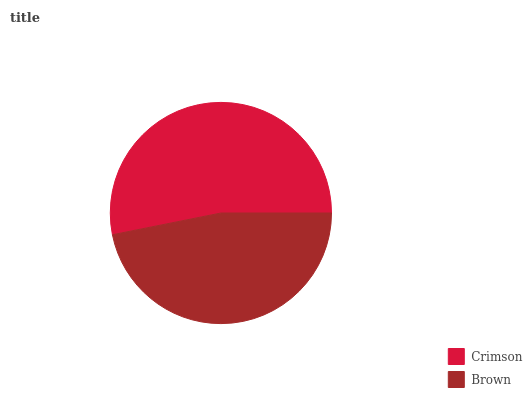
| Crimson | Brown |
 | --- | --- |
 | 53.2% | 46.8% |